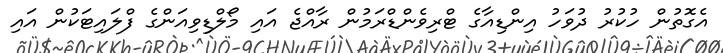
އެގޮތުން ހުކުރު ދުވަހު އިންޑިއާގެ ޓްރިވެންޑްރަމުން ރާއްޖެ އައި މޯލްޑިވިއަންގެ ފްލައިޓަކުން އައި